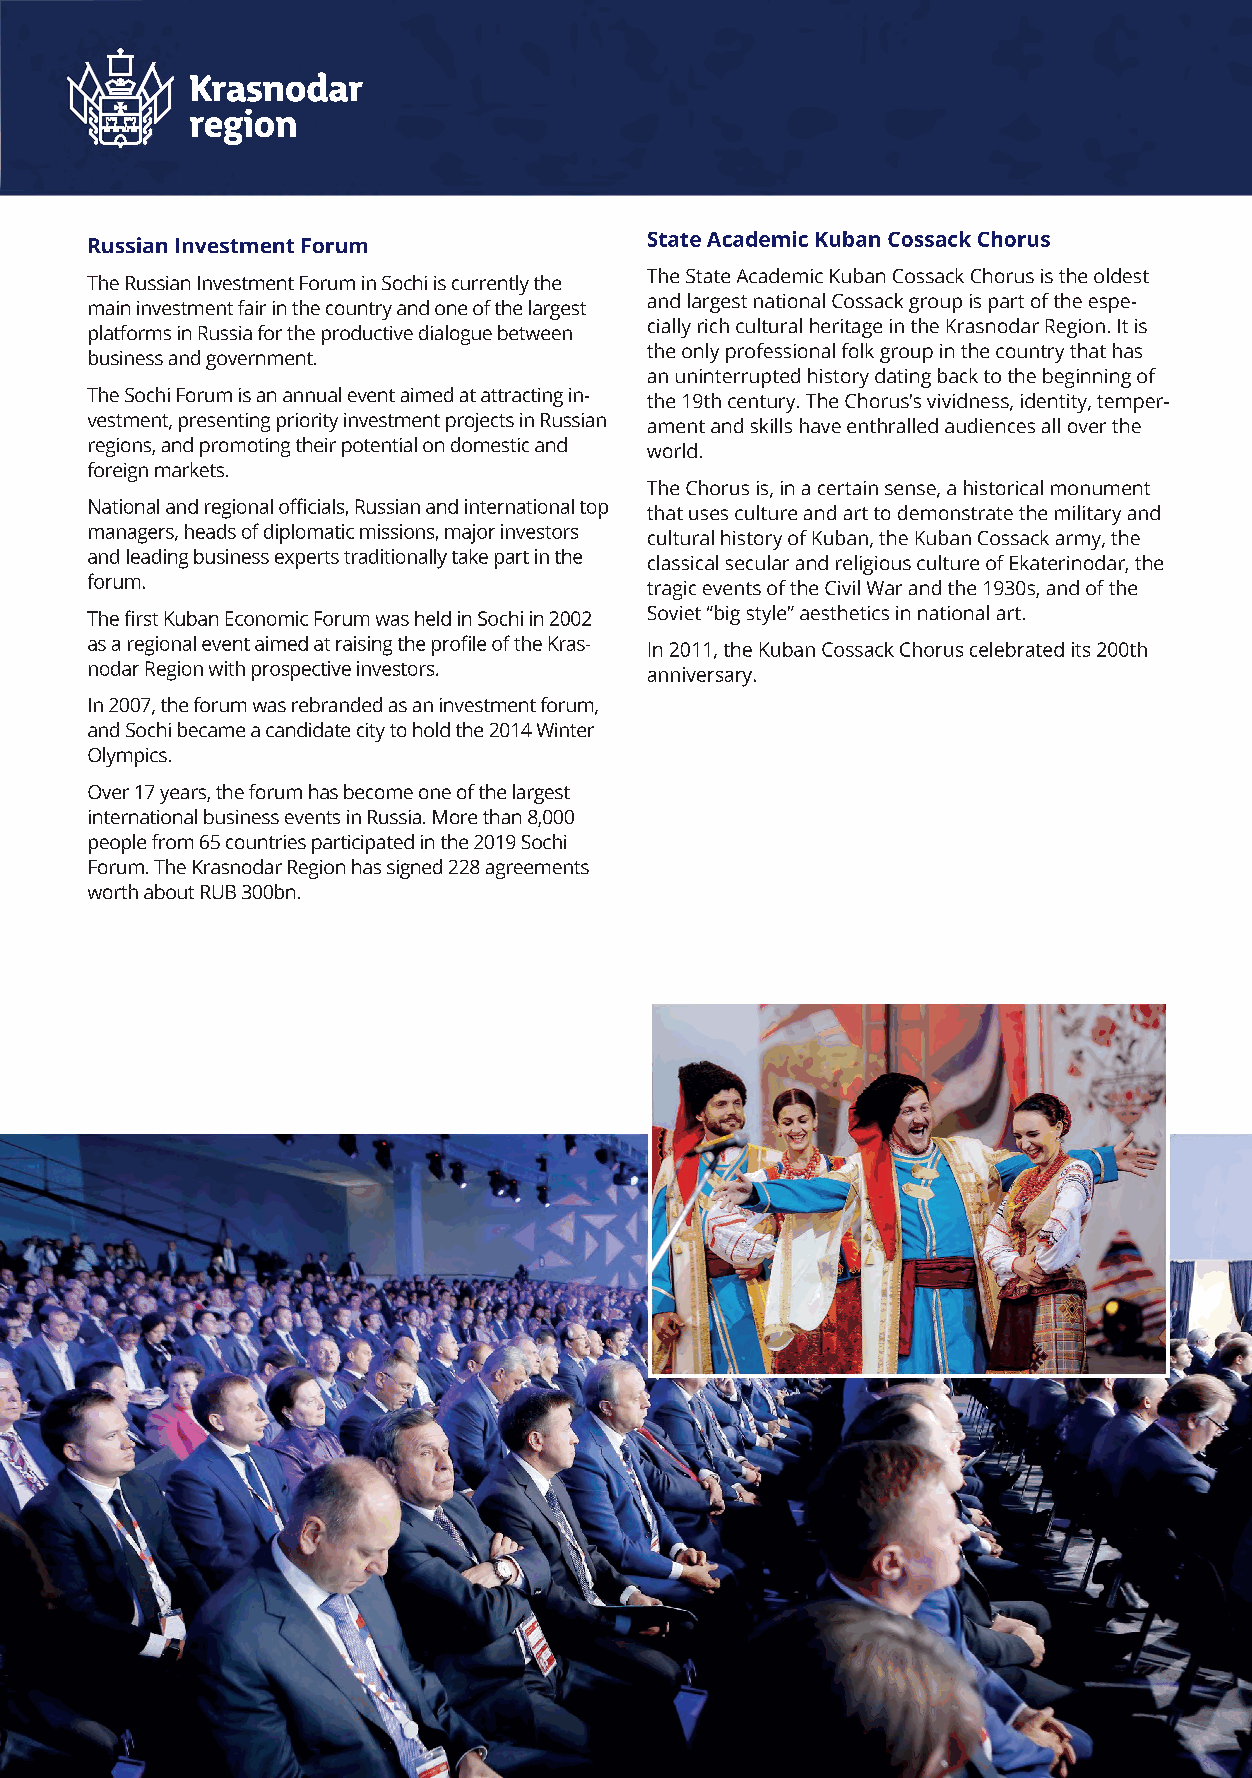
Krasnodar
 region
 State Academic Kuban Cossack Chorus
 Russian Investment Forum
 The State Academic Kuban Cossack Chorus is the oldest
 The Russian Investment Forum in Sochi is currently the
 and largest national Cossack group is part of the espe­
 main investment fair in the country and one of the largest
 cially rich cultural heritage in the Krasnodar Region. It is
 platforms in Russia for the productive dialogue between
 the only professional folk group in the country that has
 business and government.
 an uninterrupted history dating back to the beginning of
 The Sochi Forum is an annual event aimed at attracting in­ the 19th century. The Chorus's vividness, identity, temper­
 vestment, presenting priority investment projects in Russian ament and skills have enthralled audiences all over the
 regions, and promoting their potential on domestic and world.
 foreign markets.
 The Chorus is, in a certain sense, a historical monument
 National and regional officials, Russian and international top
 that uses culture and art to demonstrate the military and
 managers, heads of diplomatic missions, major investors
 cultural history of Kuban, the Kuban Cossack army, the
 and leading business experts traditionally take part in the
 classical secular and religious culture of Ekaterinodar, the
 forum.
 tragic events of the Civil War and the 1930s, and of the
 The first Kuban Economic Forum was held in Sochi in 2002 Soviet "big style” aesthetics in national art.
 as a regional event aimed at raising the profile of the Kras­ In 2011, the Kuban Cossack Chorus celebrated its 200th
 nodar Region with prospective investors. anniversary.
 In 2007, the forum was rebranded as an investment forum,
 and Sochi became a candidate city to hold the 2014 Winter
 Olympics.
 Over 17 years, the forum has become one of the largest
 international business events in Russia. More than 8,000
 people from 65 countries participated in the 2019 Sochi
 Forum. The Krasnodar Region has signed 228 agreements
 worth about RUB 300bn.